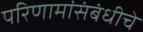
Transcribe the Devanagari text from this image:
परिणामांसंबंधीचे